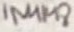
Text: 1N4148